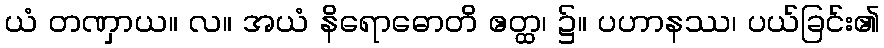
ယံ တဏှာယ။ လ။ အယံ နိရောဓောတိ ဧတ္ထ၊ ၌။ ပဟာနဿ၊ ပယ်ခြင်း၏